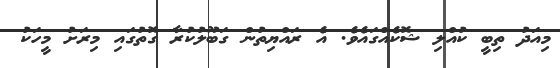
މިއަދު ތިބީ ކުއްލި ޝޮކެއްގައެވެ. އެ ރައްޔިތުން ގަބޫލުކުރާ ގޮތުގައި މިރަށު މީހަކު